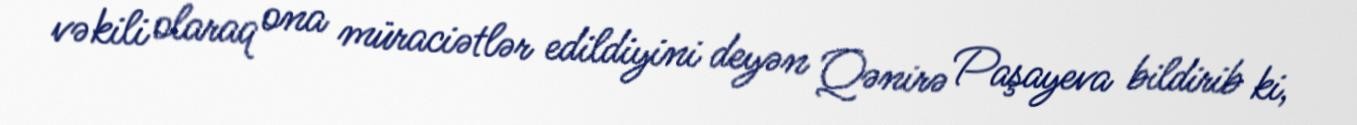
vəkili olaraq ona müraciətlər edildiyini deyən Qənirə Paşayeva bildirib ki,